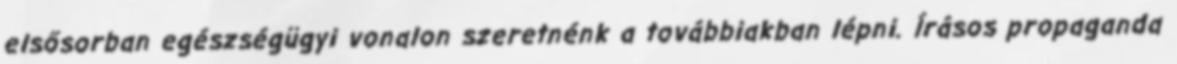
elsősorban egészségügyi vonalon szeretnénk a továbbiakban lépni. Írásos propaganda